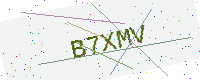
Text: B7XMV